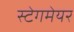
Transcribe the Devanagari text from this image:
स्टेगमेयर